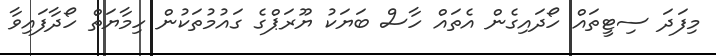
މިފަދަ ސިޓީތައް ހޯދައިގެން އެތައް ހާސް ބަޔަކު ޔޫރަޕްގެ ގައުމުތަކުން ހިމާޔަތް ހޯދާފައިވާ